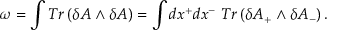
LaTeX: \omega = \int T r \left( \delta A \wedge \delta A \right) = \int d x ^ { + } d x ^ { - } ~ T r \left( \delta A _ { + } \wedge \delta A _ { - } \right) .